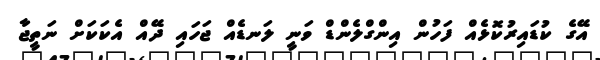
އޭގެ ކުޑައިރުކޮޅެއް ފަހުން އިންގްލެންޑް ވަނީ ލަނޑެއް ޖަހައި ދޭއް އެކަކަށް ނަތީޖާ